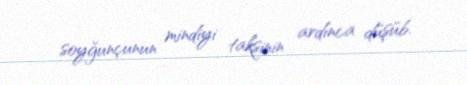
soyğunçunun mindiyi taksinin ardınca düşüb.